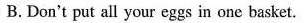
B.Don't put all your eggs in one basket.